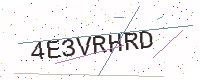
Text: 4E3VRHRD